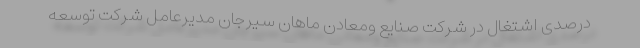
درصدی اشتغال در شرکت صنایع ومعادن ماهان سیرجان مدیرعامل شرکت توسعه